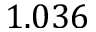
1 . 0 3 6